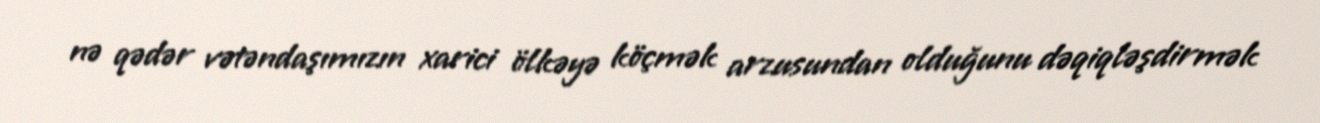
nə qədər vətəndaşımızın xarici ölkəyə köçmək arzusundan olduğunu dəqiqləşdirmək